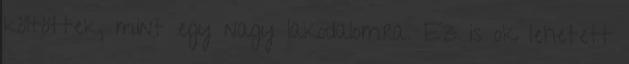
költöttek, mint egy nagy lakodalomra. Ez is ok lehetett